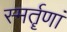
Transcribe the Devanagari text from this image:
स्मर्तॄणां